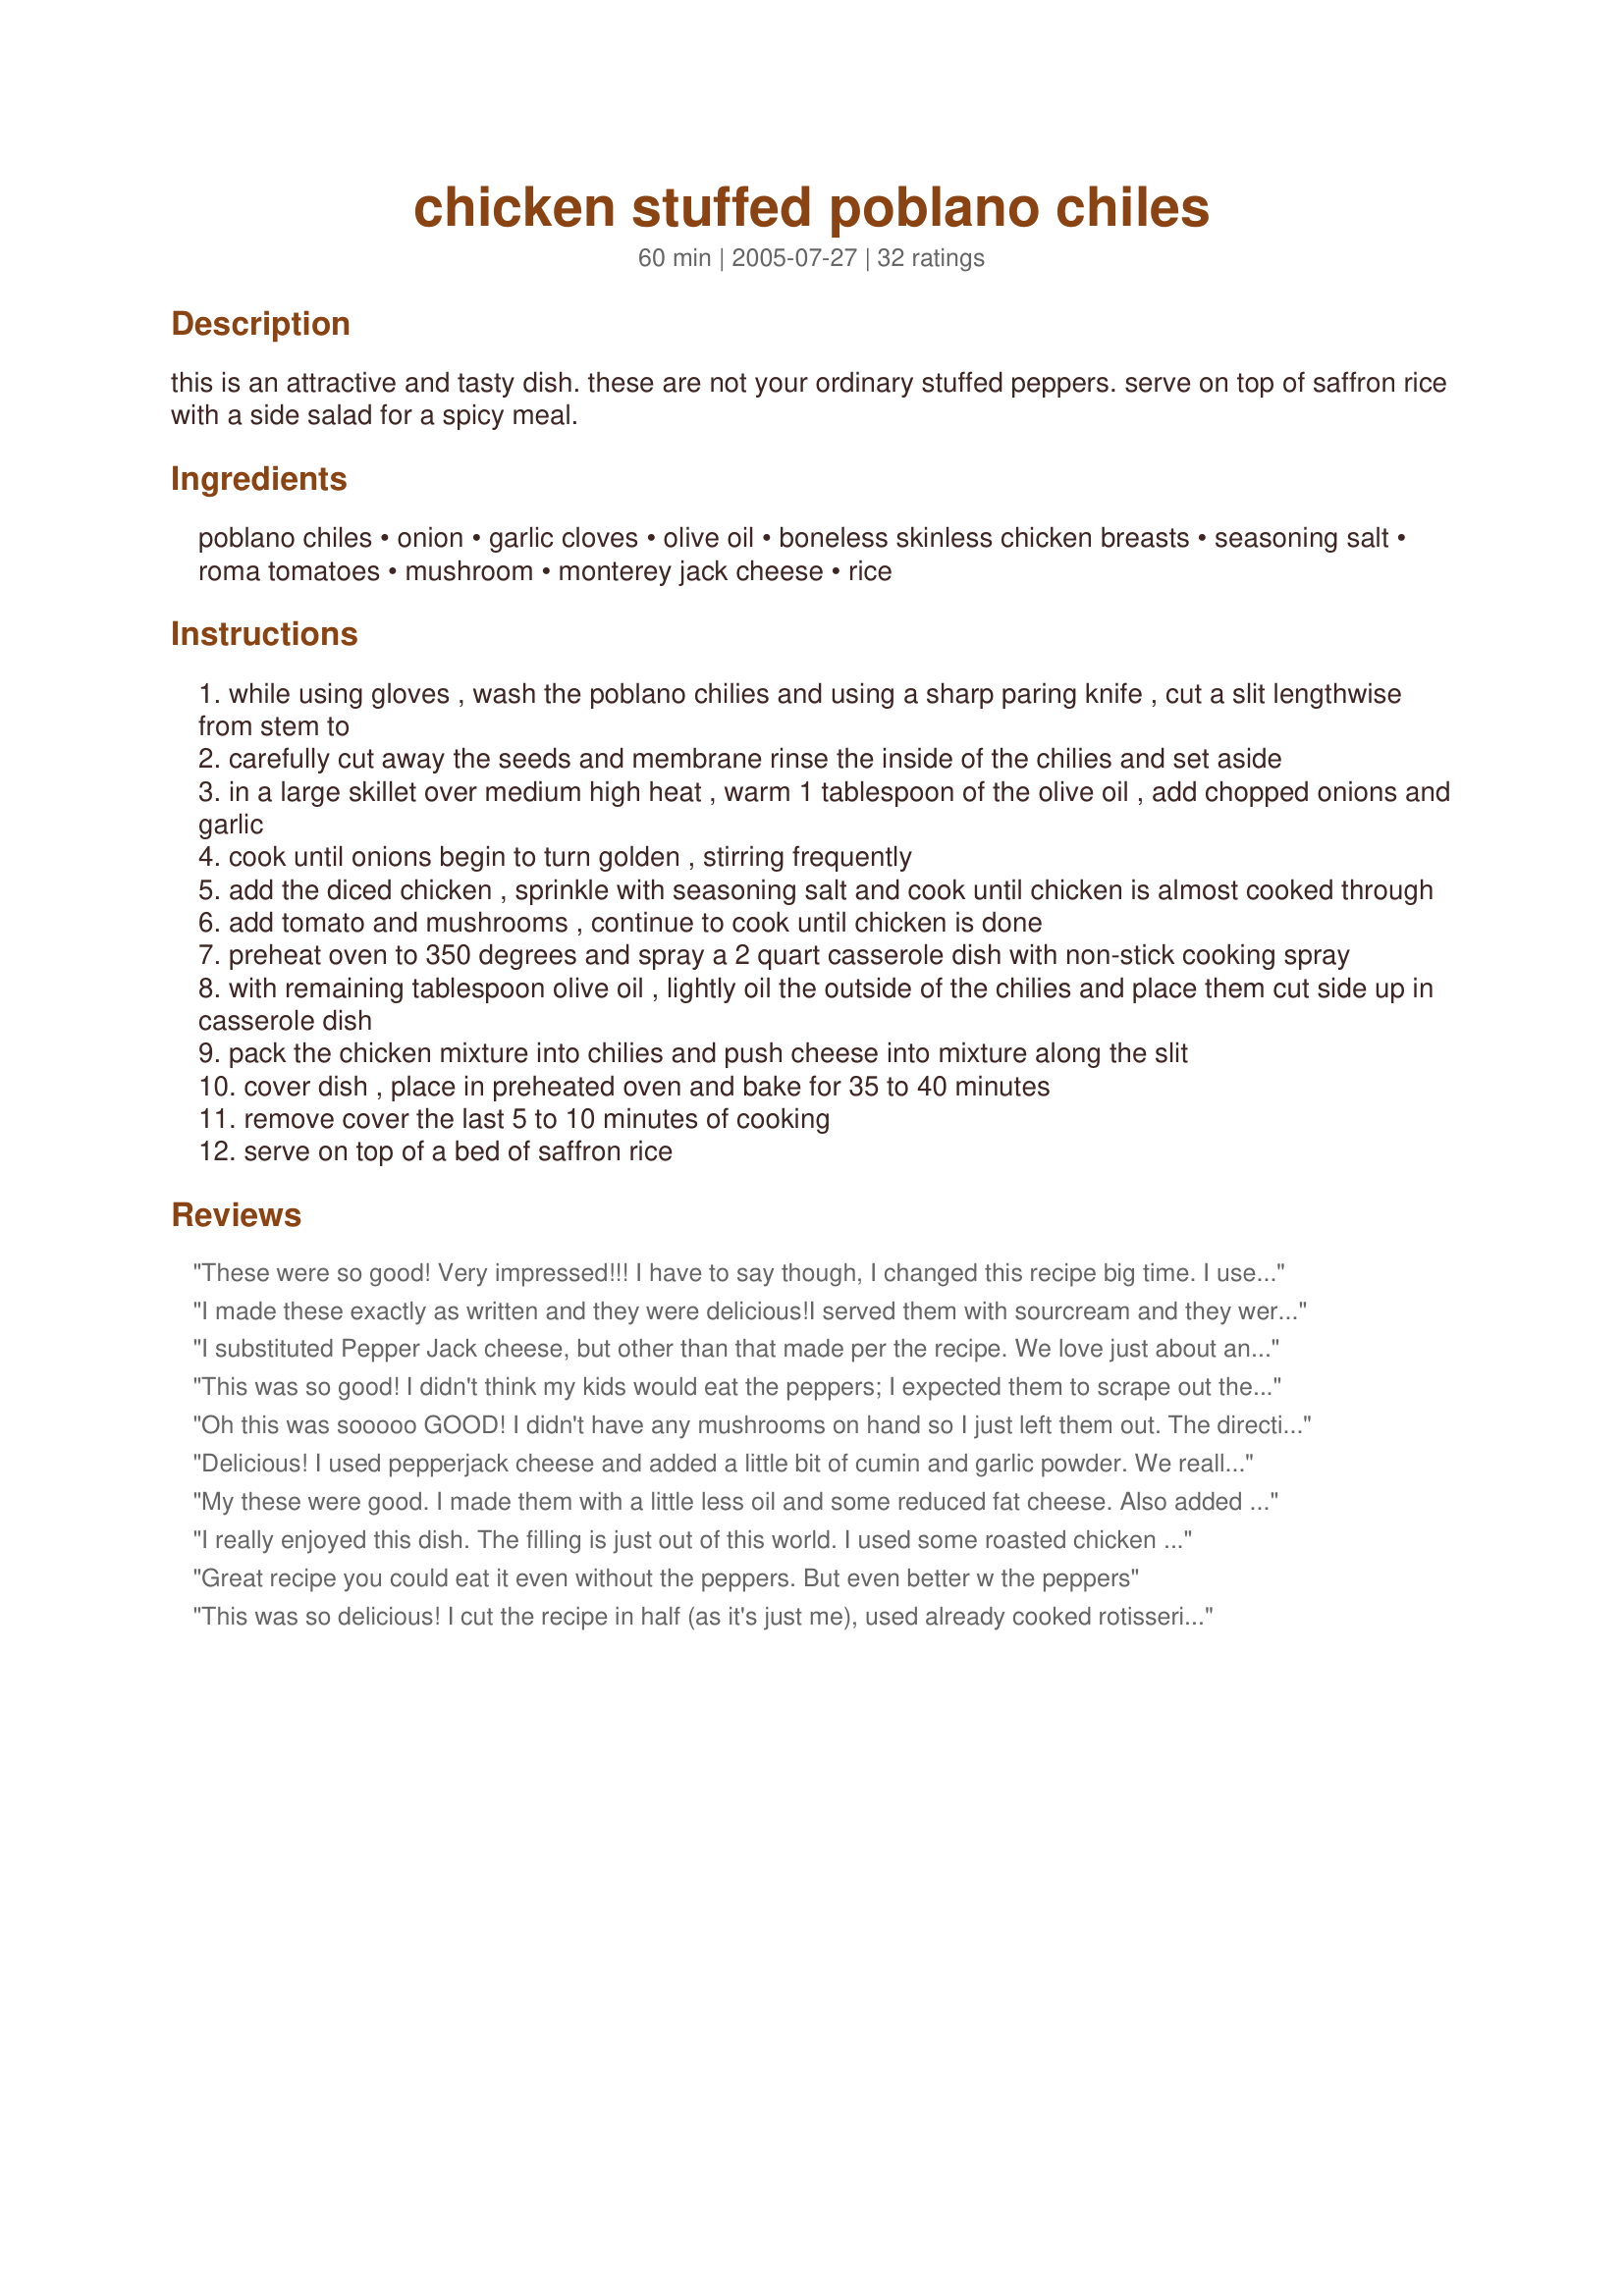
chicken stuffed poblano chiles
Preparation time: 60 minutes

this is an attractive and tasty dish. these are not your ordinary stuffed peppers. serve on top of saffron rice with a side salad for a spicy meal.

Ingredients:
poblano chiles, onion, garlic cloves, olive oil, boneless skinless chicken breasts, seasoning salt, roma tomatoes, mushroom, monterey jack cheese, rice

Steps:
while using gloves , wash the poblano chilies and using a sharp paring knife , cut a slit lengthwise from stem to
carefully cut away the seeds and membrane rinse the inside of the chilies and set aside
in a large skillet over medium high heat , warm 1 tablespoon of the olive oil , add chopped onions and garlic
cook until onions begin to turn golden , stirring frequently
add the diced chicken , sprinkle with seasoning salt and cook until chicken is almost cooked through
add tomato and mushrooms , continue to cook until chicken is done
preheat oven to 350 degrees and spray a 2 quart casserole dish with non-stick cooking spray
with remaining tablespoon olive oil , lightly oil the outside of the chilies and place them cut side up in casserole dish
pack the chicken mixture into chilies and push cheese into mixture along the slit
cover dish , place in preheated oven and bake for 35 to 40 minutes
remove cover the last 5 to 10 minutes of cooking
serve on top of a bed of saffron rice

Reviews:
These were so good! Very impressed!!! I have to say though, I changed this recipe big time. I used half of a rotisserie chicken (shredded), cream cheese, half can of corn, some sliced black olives, a diced Roma tomatoe, pepper, chile powder, and colby cheese for the filling. I blanched the peppers for five minutes. Next time I will do for 10 minutes so they will be a little softer. Put green enchilada sauce at the bottom of a 9x13. Stuffed peppers. Added more shredded cheese to top peppers. Baked at 350 for 35 minutes. Took them out spooned enchilada sauce over and sprinkled with Parmesan cheese. Topped with salsa and sour cream. Soooo good!!!
I made these exactly as written and they were delicious!I served them with sourcream and they were a hit!
I substituted Pepper Jack cheese, but other than that made per the recipe. We love just about anything Mexican and this was no exception. Excellent dish! Thank you for sharing Paula!
This was so good! I didn't think my kids would eat the peppers; I expected them to scrape out the insides and just eat that. But they surprised me and ate the whole thing! Will definately make this dish again. Thanks for sharing your recipe!
Oh this was sooooo GOOD! I didn't have any mushrooms on hand so I just left them out. The directions don't say when to add the tomatoes and mushrooms so I added the tomatoes when I served them. I didn't put the cheese in until it had already baked for 35 minutes because I was afraid the cheese might burn or get crusty so I put it on at the end and melted it. This was such a good recipe and looks very pretty so would be good if you are looking to impress! Thanks PaulaG!
Delicious! I used pepperjack cheese and added a little bit of cumin and garlic powder. We really enjoyed these. Thanks for sharing!
My these were good. I made them with a little less oil and some reduced fat cheese. Also added a couple of tablespoons of roasted corn leftover from another meal. The results were impressive and beautiful. I used baby portobellos for my mushrooms and cut them in chunks - nice an meaty. I can see all sorts of variations that would work will including using a spicy soy sausage for a vegetarian version. Thanks Paula!
I really enjoyed this dish. The filling is just out of this world. I used some roasted chicken that I had on hand, which added great flavor. I also mixed jack cheese into the filling mixture as well as topping each pepper with cheese so I used a about a cup and a half of cheese altogether. Oh, and I added serrano peppers to the mix cuz we like it hot! Served with saffron rice and black bean...Delish! Thanks for the keeper!!
Great recipe you could eat it even without the peppers. But even better w the peppers
This was so delicious! I cut the recipe in half (as it's just me), used already cooked rotisserie chicken (I'm lazy), used half a can of Rotel (fresh tomatoes in MN in Feb? uh-uh!), and used pepper jack cheese (since that's what I accidentally picked up). I slathered the finished product with sour cream and snarfed that puppy like there was no tomorrow! And in case anyone's wondering? It reheats into something just as good (if not better). Thanks for such a treat, Paula....it's a keeper.
This recipe was so good!!! I will make this one over and over!
This recipe is a keeper. DH and I love Mexican food and this is one recipe we will be making again and again. I went the easy way on this recipe using a can of roasted and peeled poblano chiles and rotisserie chicken that I had on hand. I also used Pepper Jack cheese to stuff the peppers and served over Spanish rice. What a delicious dinner :) Thanks for posting this tasty recipe.
These are delicious and easy. I will definitely make them again!
Very good! Would definitely have again. We also roasted the peppers first.
This was fantastic! I changed it a little bit because I felt the filling was too bland and I didn't have mushrooms. I substituted fresh carrots finely chopped &amp; cooked with onions &amp; garlic. I added Cumin, Smoked Paprika &amp; garlic powder. Didn't have Monterey Jack cheese so I substituted Mozzerella &amp; Fiesta Pepper Jack. I will definitely be making this again.
I am a bachelor who cares about my health. I must say these peppers are one easy, healthy, economic way to create an amazing dinner (healthy as long as you're doing some sort of anaerobic exercise)... My variation consists of a little bacon to add some depth (I don't add salt because of the bacon's salt content) and then top it with paprika before putting in the oven. It is EXCELLENT!! Low sodium, high protein, and leaves you feeling satisfied. Girls are impressed too ;) when its so simple
Sooo Good!! I used 2 Pasilla Chilis and 1 Red Pepper (my store doesn&#039;t have Poblanos). I added some butter (because we love the flavor of mushrooms, butter and cheese) and a bit of cumin. I left out the tomatoes because my husband won&#039;t eat them. Delicious!! Served it with Saffron rice as suggested as well. The changes I made were so subtle that I don&#039;t think it affected the recipe as written so it&#039;s totally deserving of 5 stars!! Thanks for sharing, we loved it!
We had these for dinner this evening. I made two batches, one with chicken (for my non-veg other half) and one with a couple extra mushrooms for me. After tasting the filling (before stuffing) I decided that it needed more fire! I decided to make homemade enchilada sauce with a little kick. During the last 5 minutes after taking off the lid, I added the sauce....and presto! Yum yum!! The only thing I would change next time (yes, there will be a next time) is to blanch the peppers in boiling water for 1 minute prior to stuffing. This way the peppers will be a tiny bit softer. Thanks for posting. It's a great recipe and I'm sure I'll be playing with it for a long time!
Boy is this great!!!! There are 2 things I want to say. 1st, I have never had saffron rice (thank-you PaulaG for introducing me to this). 2nd, This was excellent!!! I really thought that there was no WAY!, that the prep time was 15 mins. (OK, I really clean up while I cook) It only took 20 minutes. Even with the chopping, dicing, slicing and cubing, OH! I forgot the cleaning out of the peppers. Surprise! Surprise! I was looking for a dish that I could use leftover chicken. I came across this and said to self (that's me) I could do this with leftovers. It worked great. I skipped the cooking process of the chicken and went to the tomatoe's and mushrooms. I cooked them for 4 minutes. Followed the recipe as posted except I broiled them for 8 minutes after taking the lid off. Thanks, so much PaulaG for posting.
I'm sorry. I just did not like this. I found it to be very bland. Not bad, just bland. I made some mexican rice and by db mashed it up alltogether and said it was better that way. Thank you for letting me try your recipe !
Great Recipe! My husband made this for dinner last night. It was super easy. It had a lot of great flavor. Definitely a great meal for two people, we just cut it in half and it was a great portion size for both of us. Thanks for sharing!!!
WOW! These were very easy to make and super-delicious. A new favorite! Served these with black bean soup and saffron rice I now know that I don't like boxed saffron rice, but the rest of the meal was fantastic! Thank you!
Made for Spring PAC 2013 and what a winner!!! Definately going into my Favorites of 2013. I followed the instructions completely (next time I might use rotisserie chicken). Served with recipe#443115#443115 and a green salad. Thank you for posting.
I modified this recipe a little, but it was absolutely fantastic!! My modifications: Rotel instead of tomatoes, cheddar cheese instead of monterey jack (it was all I had), some heavy cream toward the end (I wanted it creamier), and added cilantro and green onions toward the end of the simmering process. I also topped it with sour cream and more cilantro. It was INCREDIBLE!!!!
These were great and pretty healthy too. My husband loved them and he is not crazy about chicken. I used rotel for the tomatoes as well. Next time I'm going to double the recipe and freeze some for lunches.
Absolutely delicious! I steamed the peppers in the micro for 4 minutes, and they were much easier to clean. I highly recommend wearing gloves. I didn't and ended up with chemical burns on my hands and was miserable for about 6 hours. I didn't have fresh romas so I used a half a can of drained diced tomatoes instead.
This was good but it needed a little something extra. I think next time I will use a can of extra hot Rotel and maybe mix some of the rice into the chicken mixture. But I will definitely be trying again, thanks!
What a delicious stuffed pepper recipe! I forgot to get fresh mushrooms so had to use jar of mushrooms that I had on hand, otherwise made as directed. Served on top of couscous that I had cooked in chicken broth and seasoned with cumin and black pepper and enjoyed a terrific meal - thanks for sharing the recipe!
Made these last night, and although they were good, they were lacking in....something. Not at all bad, just a bit on the bland side for our tastes. I will definitely make these again however, and try something different with spices.
We loved these peppers! I cut down on the salt quite a bit but otherwise made as written. I'm not as big a stuffed pepper fan as my husband is but these changed my mind and I'll certainly be making these again. Thanks for posting this recipe Paula :)
we tripled the recipe & I served it at a BBQ. Everyone raved about them! We placed cleaned, unfilled peppers over the charcoal with high flame. They were easy to peel after they cooled a bit in a paper bag. We followed the remaining recipe, but placed it on a grill pan on the pit; lid closed for 45 minutes. We use wood chips in our pit. Makes a super rich dish, but not too "smokey." If you use a reduced fat cheese make sure it is a type that melts, easily.
We live in Phoenix and felt like this needed just a little kick. I used canned Rotel tomatoes and added a tsp of cumin and chili powder, some fresh cilantro and chopped serrano peppers and fresh ground pepper to the mixture. I also used Pepper Jack cheese on top.
If you like it hot, try it this way. It was phenomenal!
